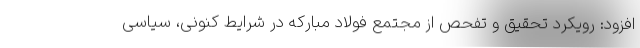
افزود: رویکرد تحقیق و تفحص از مجتمع فولاد مبارکه در شرایط کنونی، سیاسی